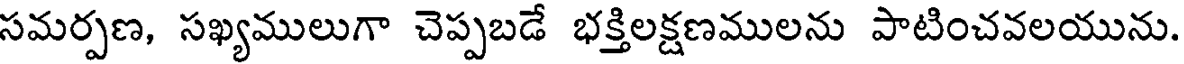
సమర్పణ, సఖ్యములుగా చెప్పబడే భక్తిలక్షణములను పాటించవలయును.